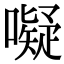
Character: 㘈